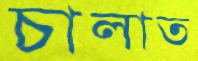
চালাত